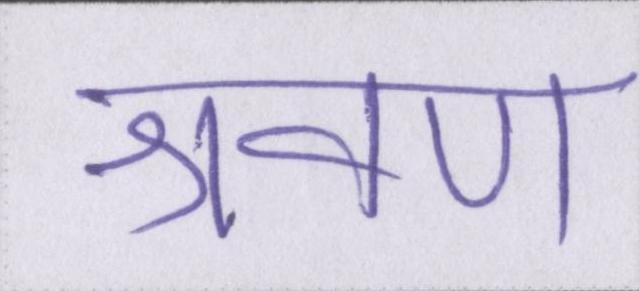
श्रवण